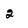
Character: 2